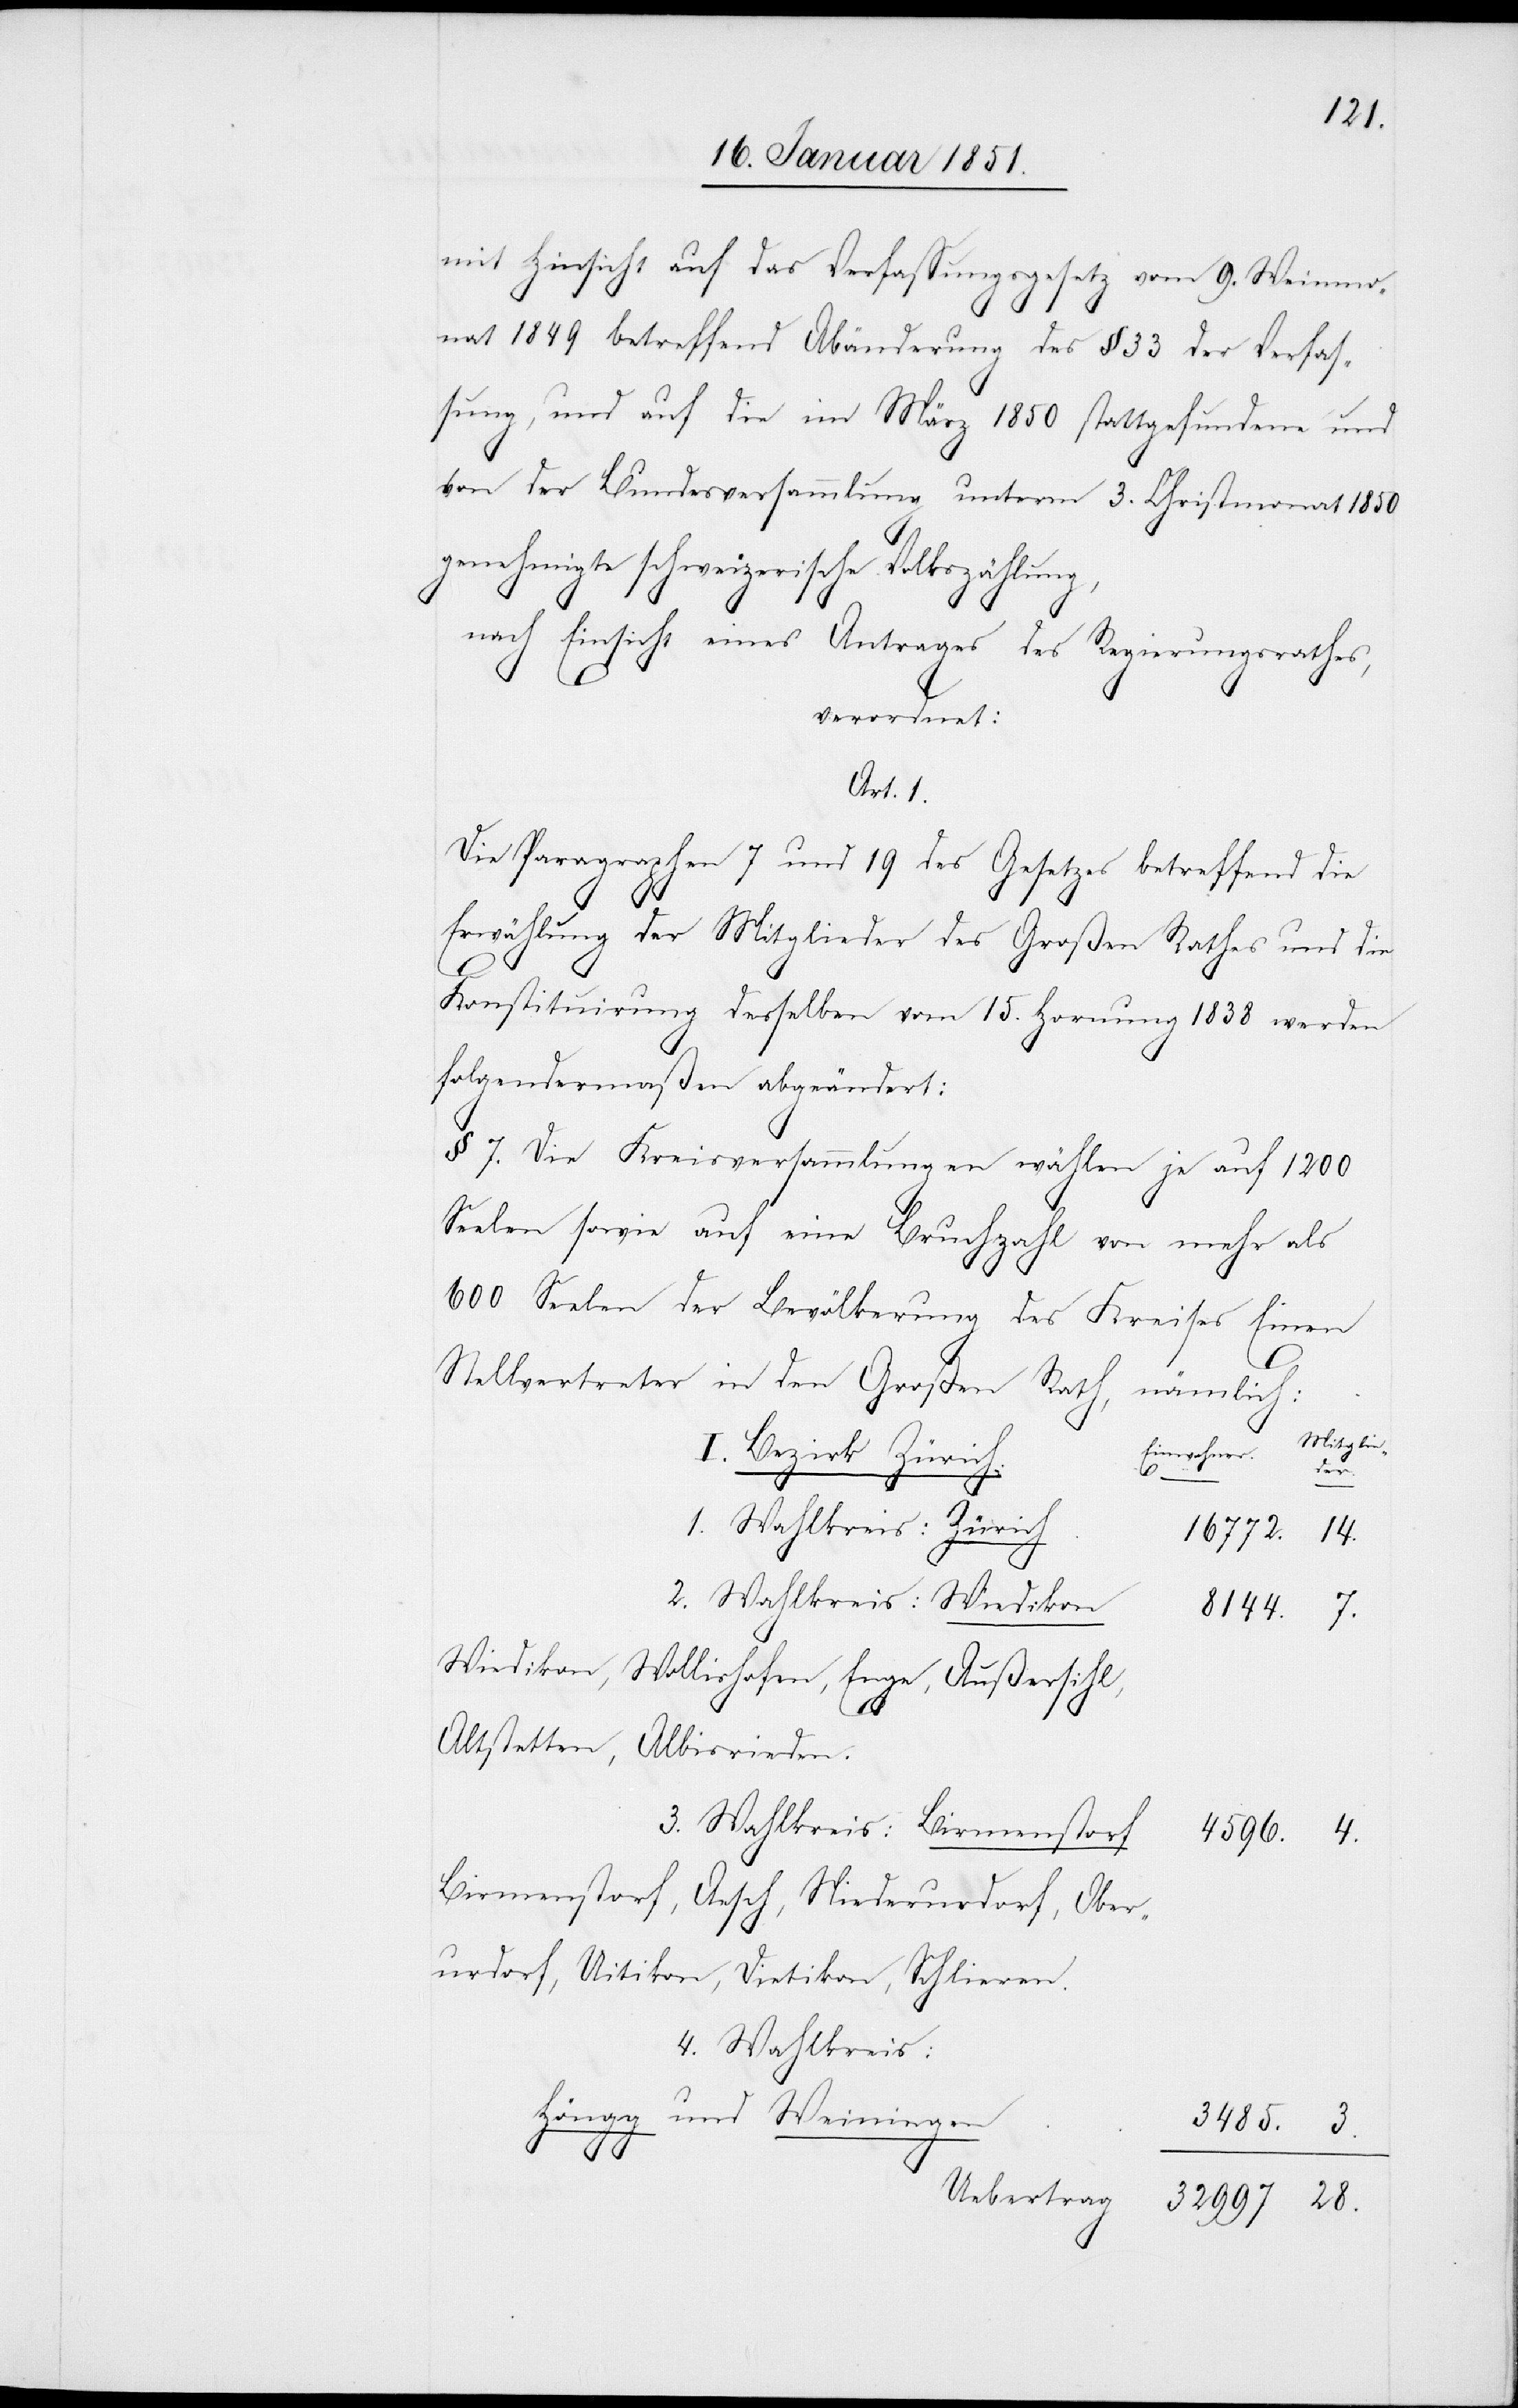
mit Hinsicht auf das Verfassungsgesetz vom 9. Weinmo¬
nat 1849 betreffend Abänderung des § 33 der Verfas¬
sung, und auf die im März 1850 stattgefundene und
von der Bundesversammlung unterm 3. Christmonat 1850
genehmigte schweizerische Volkszählung,
nach Einsicht eines Antrages des Regierungsrathes,
verordnet:
Art. 1.
Die Paragraphen 7 und 19 des Gesetzes betreffend die
Erwählung der Mitglieder des Großen Rathes und die
Konstituirung desselben vom 15. Hornung 1838 werden
folgendermaßen abgeändert:
§ 7. Die Kreisversammlungen wählen je auf 1200
Seelen sowie auf eine Bruchzahl von mehr als
600 Seelen der Bevölkerung des Kreises Einen
Stellvertreter in den Großen Rath, nämlich:
Mitglie¬
Einwohner.
I. Bezirk Zürich.
28.
1. Wahlkreis: Zürich
16772.
14.
2. Wahlkreis: Wiedikon
8144.
7.
Wiedikon, Wollishofen, Enge, Außersihl,
4.
Altstetten, Albisrieden.
3. Wahlkreis: Birmenstorf
Birmenstorf, Aesch, Niederurdorf, Ober¬
urdorf, Uitikon, Dietikon, Schlieren.
4. Wahlkreis:
Höngg und Weiningen
3485.
3.